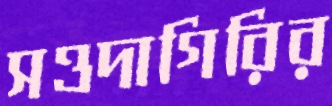
সওদাগিরির